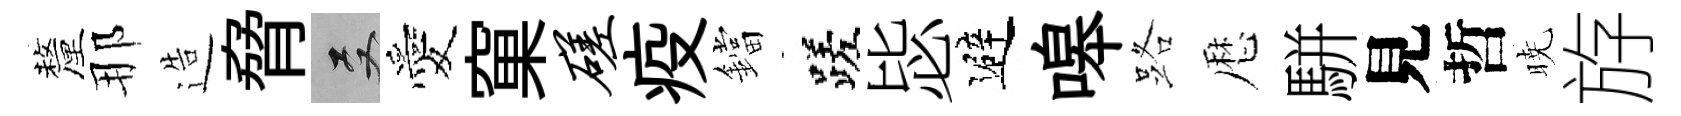
釐那造脅双愛窠磋疫鐺蹉毖避嗥路厯駢見哲暁斿